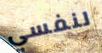
لنفسي